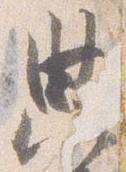
典